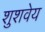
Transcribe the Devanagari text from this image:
शुशवेय